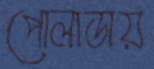
পোলাডায়